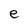
Character: e